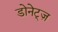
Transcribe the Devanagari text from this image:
डोनेट्ज़